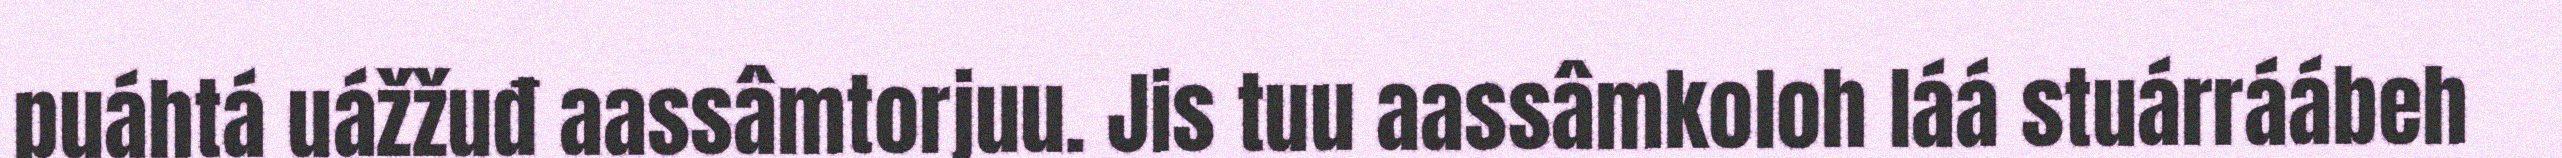
puáhtá uážžuđ aassâmtorjuu. Jis tuu aassâmkoloh láá stuárráábeh